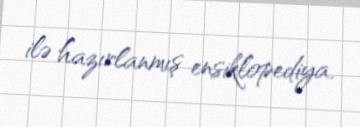
ilə hazırlanmış ensiklopediya.